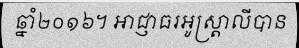
ឆ្នាំ២០១៦។ អាជ្ញាធរអូស្ត្រាលីបាន